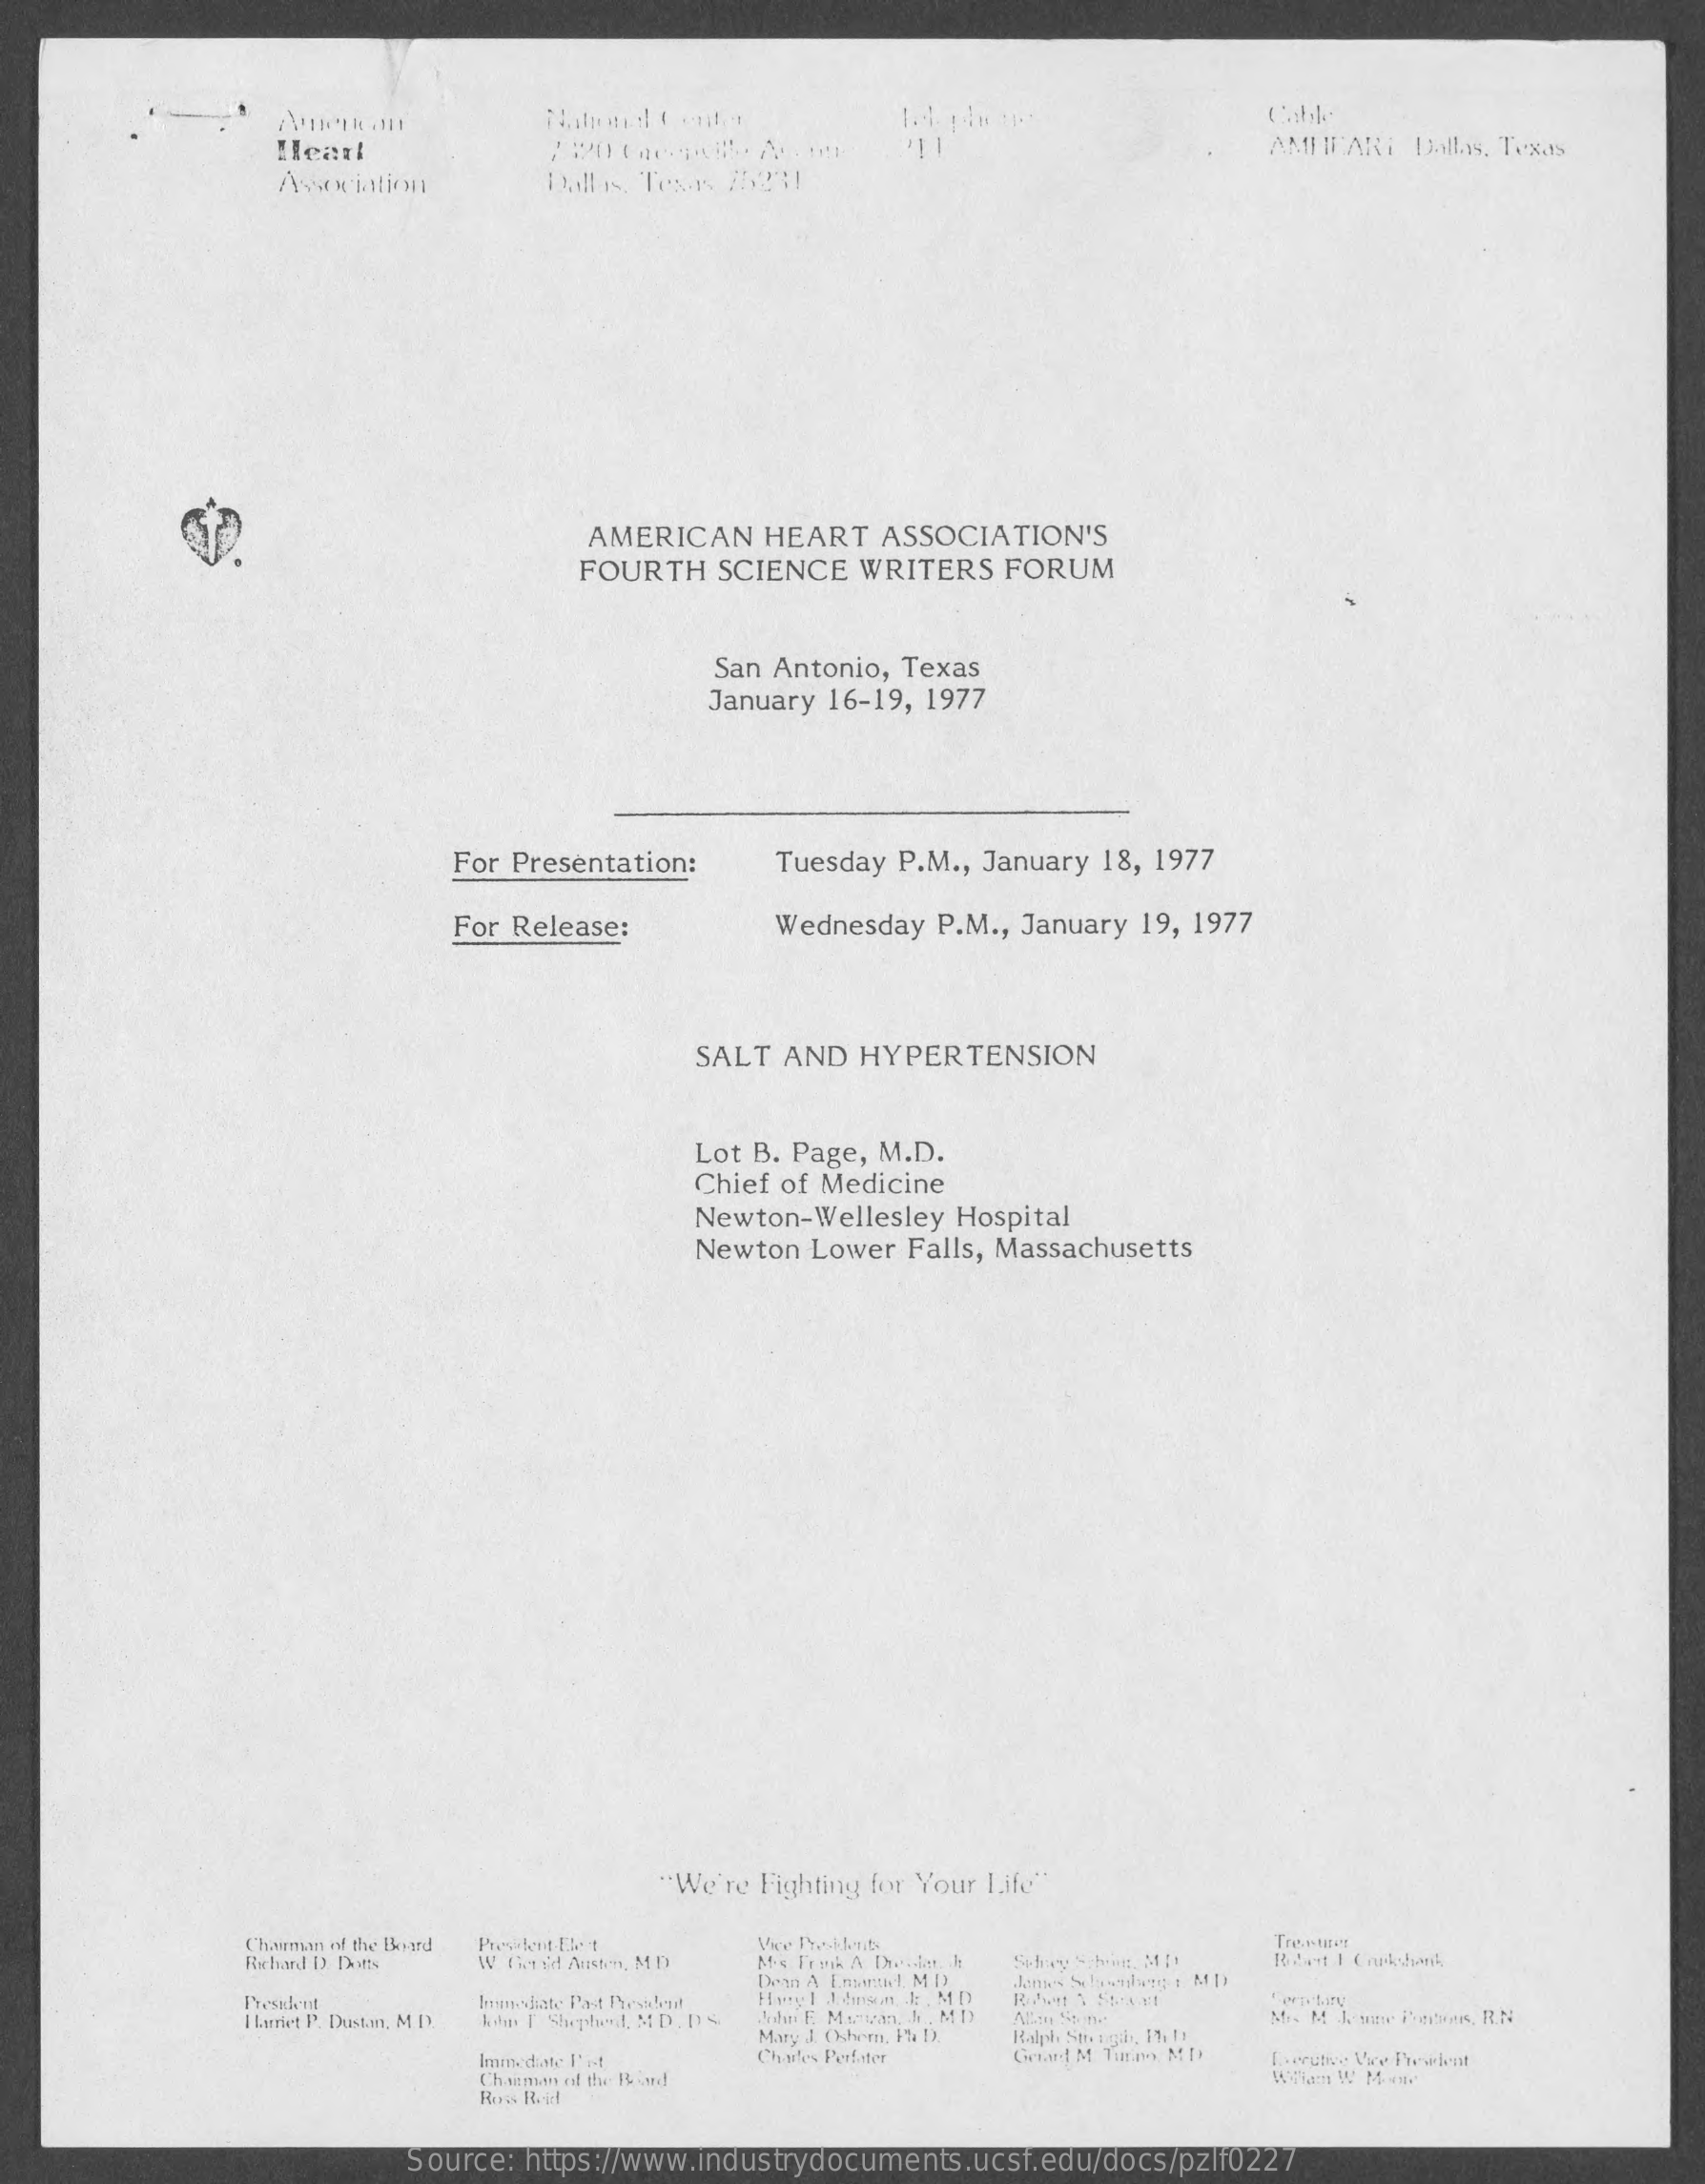
Cable
     Heart    AMIIFARI Dallas, Texas
     Association    Dallas, Texas 75271
     AMERICAN    HEART  ASSOCIATION'S
     FOURTH   SCIENCE  WRITERS  FORUM
     San Antonio, Texas
     January 16-19, 1977
     For Presentation:    Tuesday P.M ., January 18, 1977
     For Release:    Wednesday P.M ., January 19, 1977
     SALT  AND  HYPERTENSION
     Lot B. Page, M.D.
     Chief of Medicine
     Newton-Wellesley Hospital
     Newton  Lower Falls, Massachusetts
     "We're Fighting for Your Life"
     Chairman of the Board    Trenti !!
     W TiTid Aisten, MD
     Denn A Ensinud, M DI
     President
     I Larriet P. Dustan, MD
     Immediate Past President
     Wohin F Shepherd, MD. DS
     Mary J (hem, 14 D.
     Chefes Perfater
     Ralph Strongib, Ph !:
     Chairman of the Board
     Ihverutive Vre Phewlent
     Row Reid
     Source: https://www.industrydocuments.ucsf.edu/docs/pzlf0227